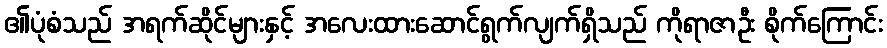
၏ပုံစံသည် အရက်ဆိုင်များနှင့် အလေးထားဆောင်ရွက်လျက်ရှိသည် ကိုရာဇာဦး စိုက်ကြောင်း